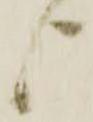
上